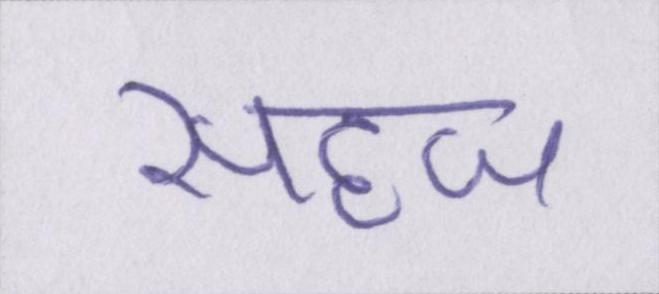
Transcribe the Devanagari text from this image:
सहज